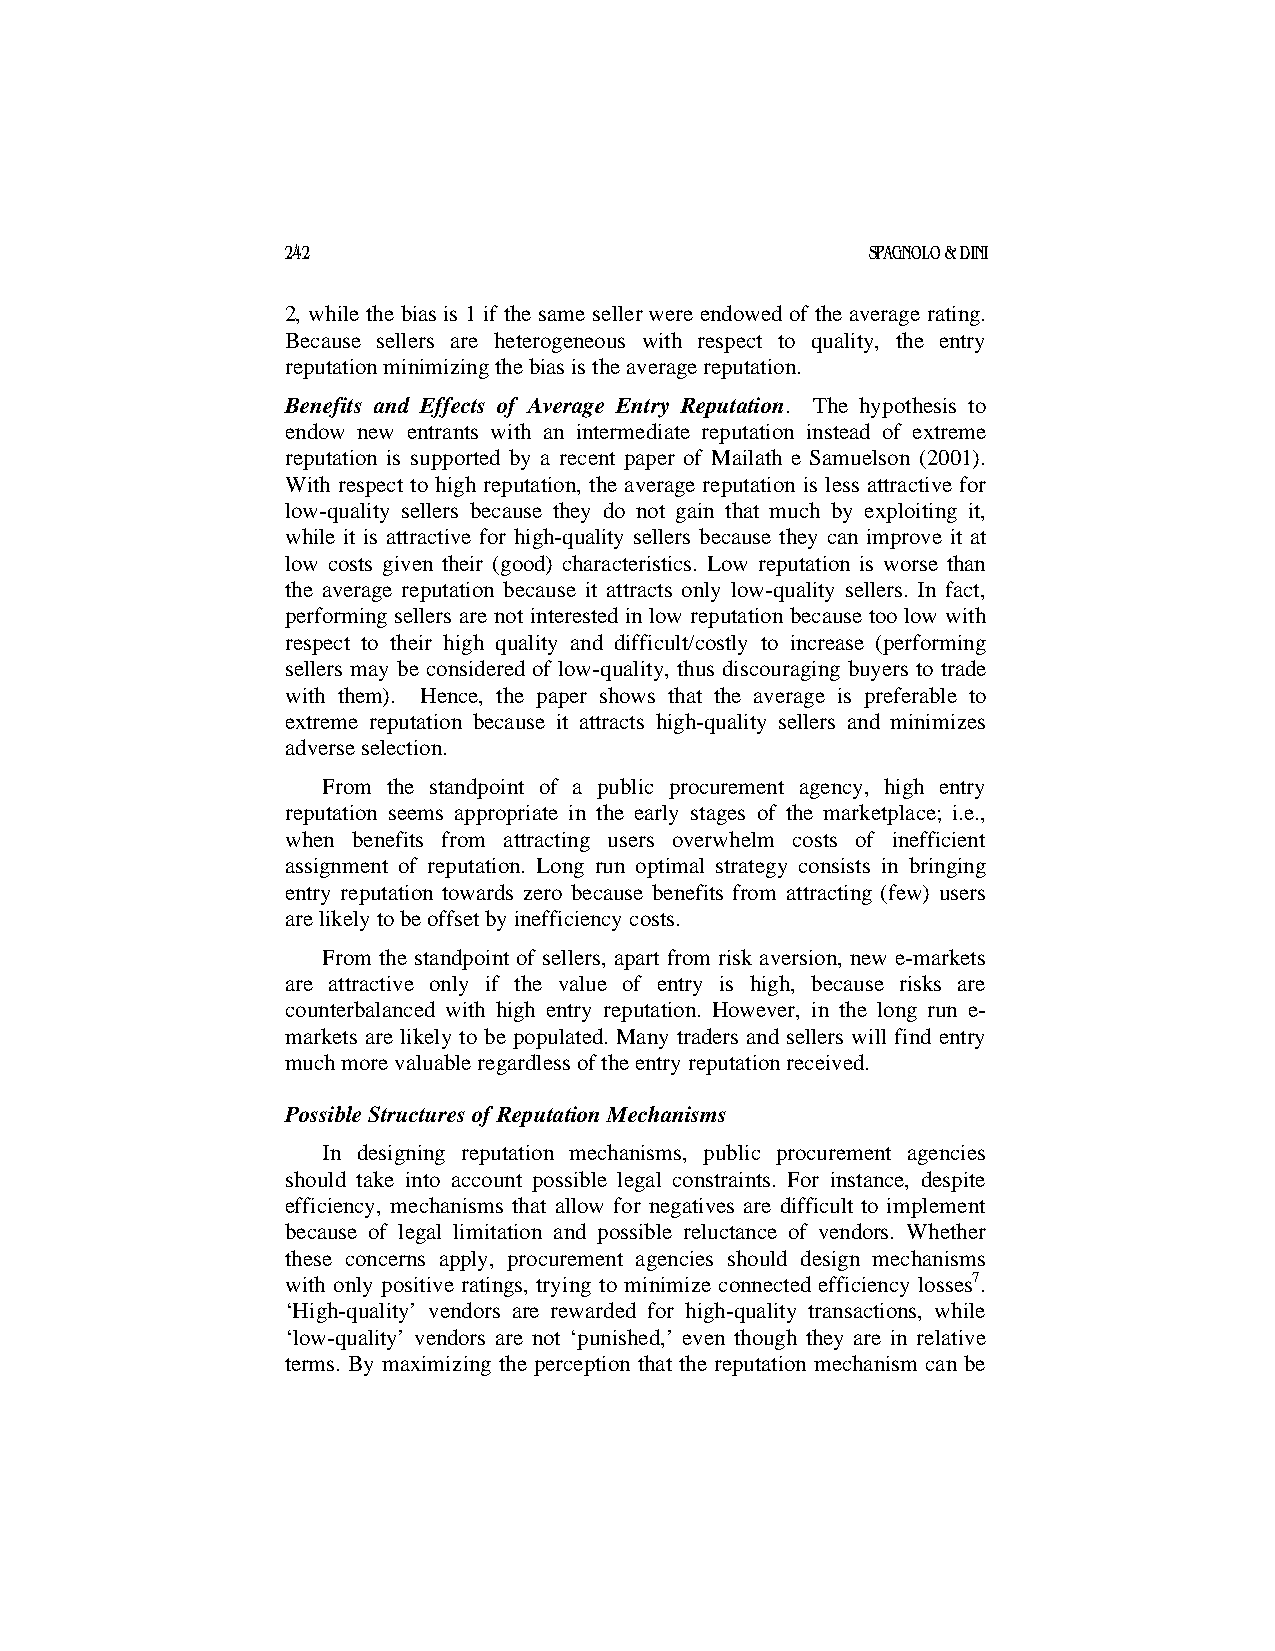
242                                    SPAGNOLO & DINI
 2, while the bias is 1 if the same seller were endowed of the average rating.
 Because sellers are heterogeneous with respect to quality, the entry
 reputation minimizing the bias is the average reputation.
 Benefits and Effects of Average Entry Reputation. The hypothesis to
 endow new entrants with an intermediate reputation instead of extreme
 reputation is supported by a recent paper of Mailath e Samuelson (2001).
 With respect to high reputation, the average reputation is less attractive for
 low-quality sellers because they do not gain that much by exploiting it,
 while it is attractive for high-quality sellers because they can improve it at
 low costs given their (good) characteristics. Low reputation is worse than
 the average reputation because it attracts only low-quality sellers. In fact,
 performing sellers are not interested in low reputation because too low with
 respect to their high quality and difficult/costly to increase (performing
 sellers may be considered of low-quality, thus discouraging buyers to trade
 with them). Hence, the paper shows that the average is preferable to
 extreme reputation because it attracts high-quality sellers and minimizes
 adverse selection.
 From the standpoint of a public procurement agency, high entry
 reputation seems appropriate in the early stages of the marketplace; i.e.,
 when benefits from attracting users overwhelm costs of inefficient
 assignment of reputation. Long run optimal strategy consists in bringing
 entry reputation towards zero because benefits from attracting (few) users
 are likely to be offset by inefficiency costs.
 From the standpoint of sellers, apart from risk aversion, new e-markets
 are attractive only if the value of entry is high, because risks are
 counterbalanced with high entry reputation. However, in the long run e-
 markets are likely to be populated. Many traders and sellers will find entry
 much more valuable regardless of the entry reputation received.
 Possible Structures of Reputation Mechanisms
 In designing reputation mechanisms, public procurement agencies
 should take into account possible legal constraints. For instance, despite
 efficiency, mechanisms that allow for negatives are difficult to implement
 because of legal limitation and possible reluctance of vendors. Whether
 these concerns apply, procurement agencies should design mechanisms
 with only positive ratings, trying to minimize connected efficiency losses7.
 ‘High-quality’ vendors are rewarded for high-quality transactions, while
 ‘low-quality’ vendors are not ‘punished,’ even though they are in relative
 terms. By maximizing the perception that the reputation mechanism can be